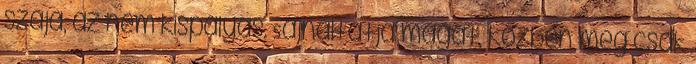
szája, az nem kispályás. Sajnáltatja magát, közben meg csak